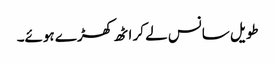
طویل سانس لے کر اٹھ کھڑے ہوئے۔